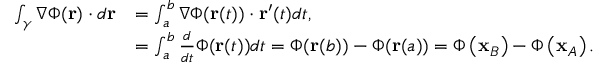
{ \begin{array} { r l } { \int _ { \gamma } \nabla \Phi ( \mathbf { r } ) \cdot d \mathbf { r } } & { = \int _ { a } ^ { b } \nabla \Phi ( \mathbf { r } ( t ) ) \cdot \mathbf { r } ^ { \prime } ( t ) d t , } \\ & { = \int _ { a } ^ { b } { \frac { d } { d t } } \Phi ( \mathbf { r } ( t ) ) d t = \Phi ( \mathbf { r } ( b ) ) - \Phi ( \mathbf { r } ( a ) ) = \Phi \left( \mathbf { x } _ { B } \right) - \Phi \left( \mathbf { x } _ { A } \right) . } \end{array} }